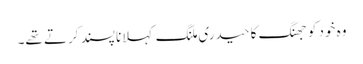
وہ خود کو جھنگ کا حیدری ملنگ کہلانا پسند کرتے تھے۔